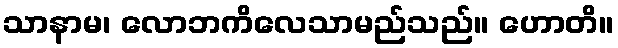
သာနာမ၊ လောဘကိလေသာမည်သည်။ ဟောတိ။